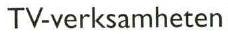
TV-verksamheten